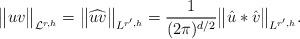
LaTeX: \begin{align*}\big\|uv\big\|_{\mathcal{L}^{r, h}} =\big\|\widehat{uv}\big\|_{L^{r', h}} = \frac{1}{(2\pi)^{d/2}}\big\|\hat{u}*\hat{v}\big\|_{L^{r', h}}.\end{align*}